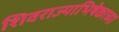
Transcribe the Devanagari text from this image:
शिवराज्याभिषेकाच्या